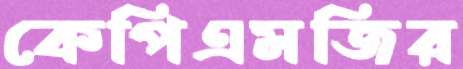
কেপিএমজির